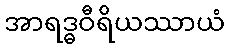
အာရဒ္ဓဝီရိယဿာယံ